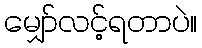
မျှော်လင့်ရတာပဲ။